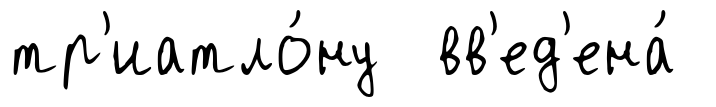
тр'иатло́ну вв'ед'ена́